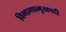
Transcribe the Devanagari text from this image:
विभागप्रमुखपदी